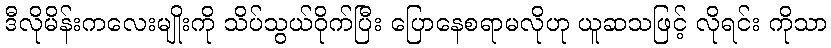
ဒီလိုမိန်းကလေးမျိုးကို သိပ်သွယ်ဝိုက်ပြီး ပြောနေစရာမလိုဟု ယူဆသဖြင့် လိုရင်း ကိုသာ